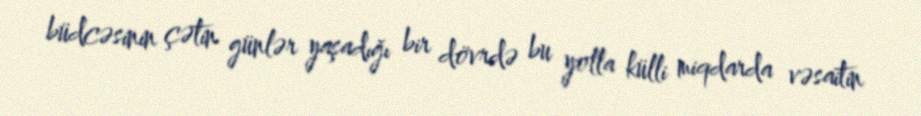
büdcəsinin çətin günlər yaşadığı bir dövrdə bu yolla külli miqdarda vəsaitin